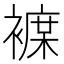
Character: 𲁂